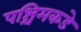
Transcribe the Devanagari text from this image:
पश्चिमकडे